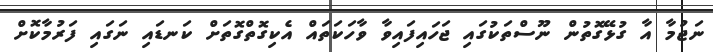
ނަޖުމާ އާ ގުޅޭގޮތުން ނޫސްތަކުގައި ޖަހައިފައިވާ ވާހަކަތައް އެކިގޮތްގޮތަށް ކަނޑައި ނަގައި ފަރުމާކޮށް